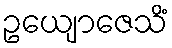
ဥယျောဇေသိံ